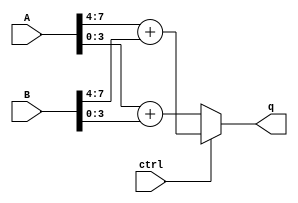
//!DO NOT MODIFY MODULE NAME AND PORT NAME!
module nibbleadd(
    input [7:0]A,
    input [7:0]B,
    input ctrl,
    output [4:0]q
);
    
reg [4:0]reg_q = 4'b0000;
assign q = reg_q;
//YOUR CODE HERE

always@(A,B,ctrl)
begin
    if(ctrl) reg_q = A[7:4] + B[7:4];
    else reg_q = A[3:0] + B[3:0];
end

endmodule